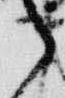
之